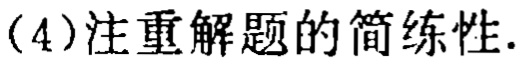
(4)注重解题的简练性.